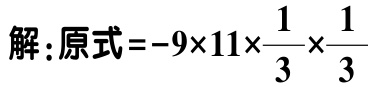
解:原式\(=-9\times11\times\frac{1}{3}\times\frac{1}{3}\)